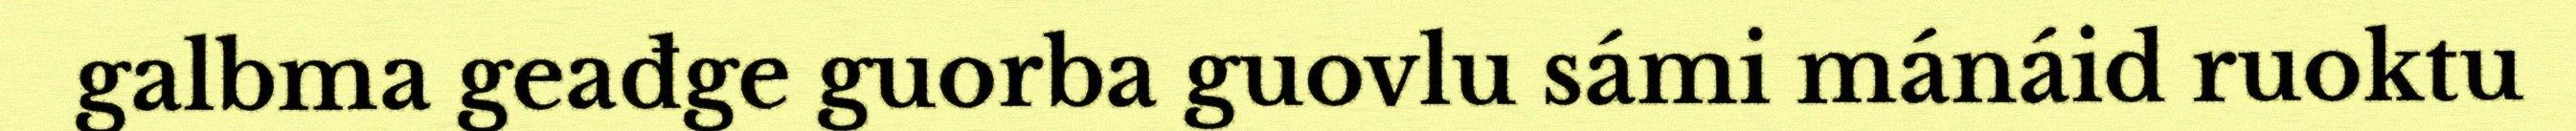
galbma geađge guorba guovlu sámi mánáid ruoktu